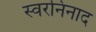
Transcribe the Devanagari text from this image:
स्वरनिनाद